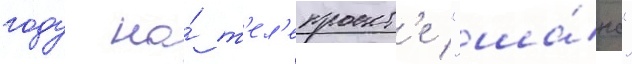
году на́ т'ел'епроект'е "ша́нс"